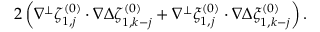
2 \left( \nabla ^ { \perp } \zeta _ { 1 , j } ^ { ( 0 ) } \cdot \nabla \Delta \zeta _ { 1 , k - j } ^ { ( 0 ) } + \nabla ^ { \perp } \xi _ { 1 , j } ^ { ( 0 ) } \cdot \nabla \Delta \xi _ { 1 , k - j } ^ { ( 0 ) } \right) .